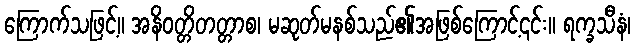
ကြောက်သဖြင့်။ အနိဝတ္တိတတ္တာစ၊ မဆုတ်မနစ်သည်၏အဖြစ်ကြောင့်၎င်း။ ရက္ခသီနံ၊